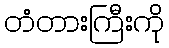
တံတားကြီးကို